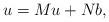
LaTeX: \begin{align*}u=Mu+Nb,\end{align*}